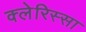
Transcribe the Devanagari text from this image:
क्लेरिस्सा